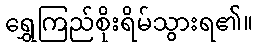
ရွှေကြည်စိုးရိမ်သွားရ၏။